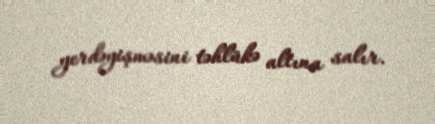
yerdəyişməsini təhlükə altına salır.